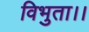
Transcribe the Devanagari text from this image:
विभुता।।